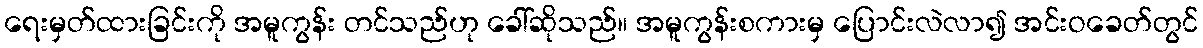
ရေးမှတ်ထားခြင်းကို အမူကွန်း တင်သည်ဟု ခေါ်ဆိုသည်။ အမူကွန်းစကားမှ ပြောင်းလဲလာ၍ အင်းဝခေတ်တွင်